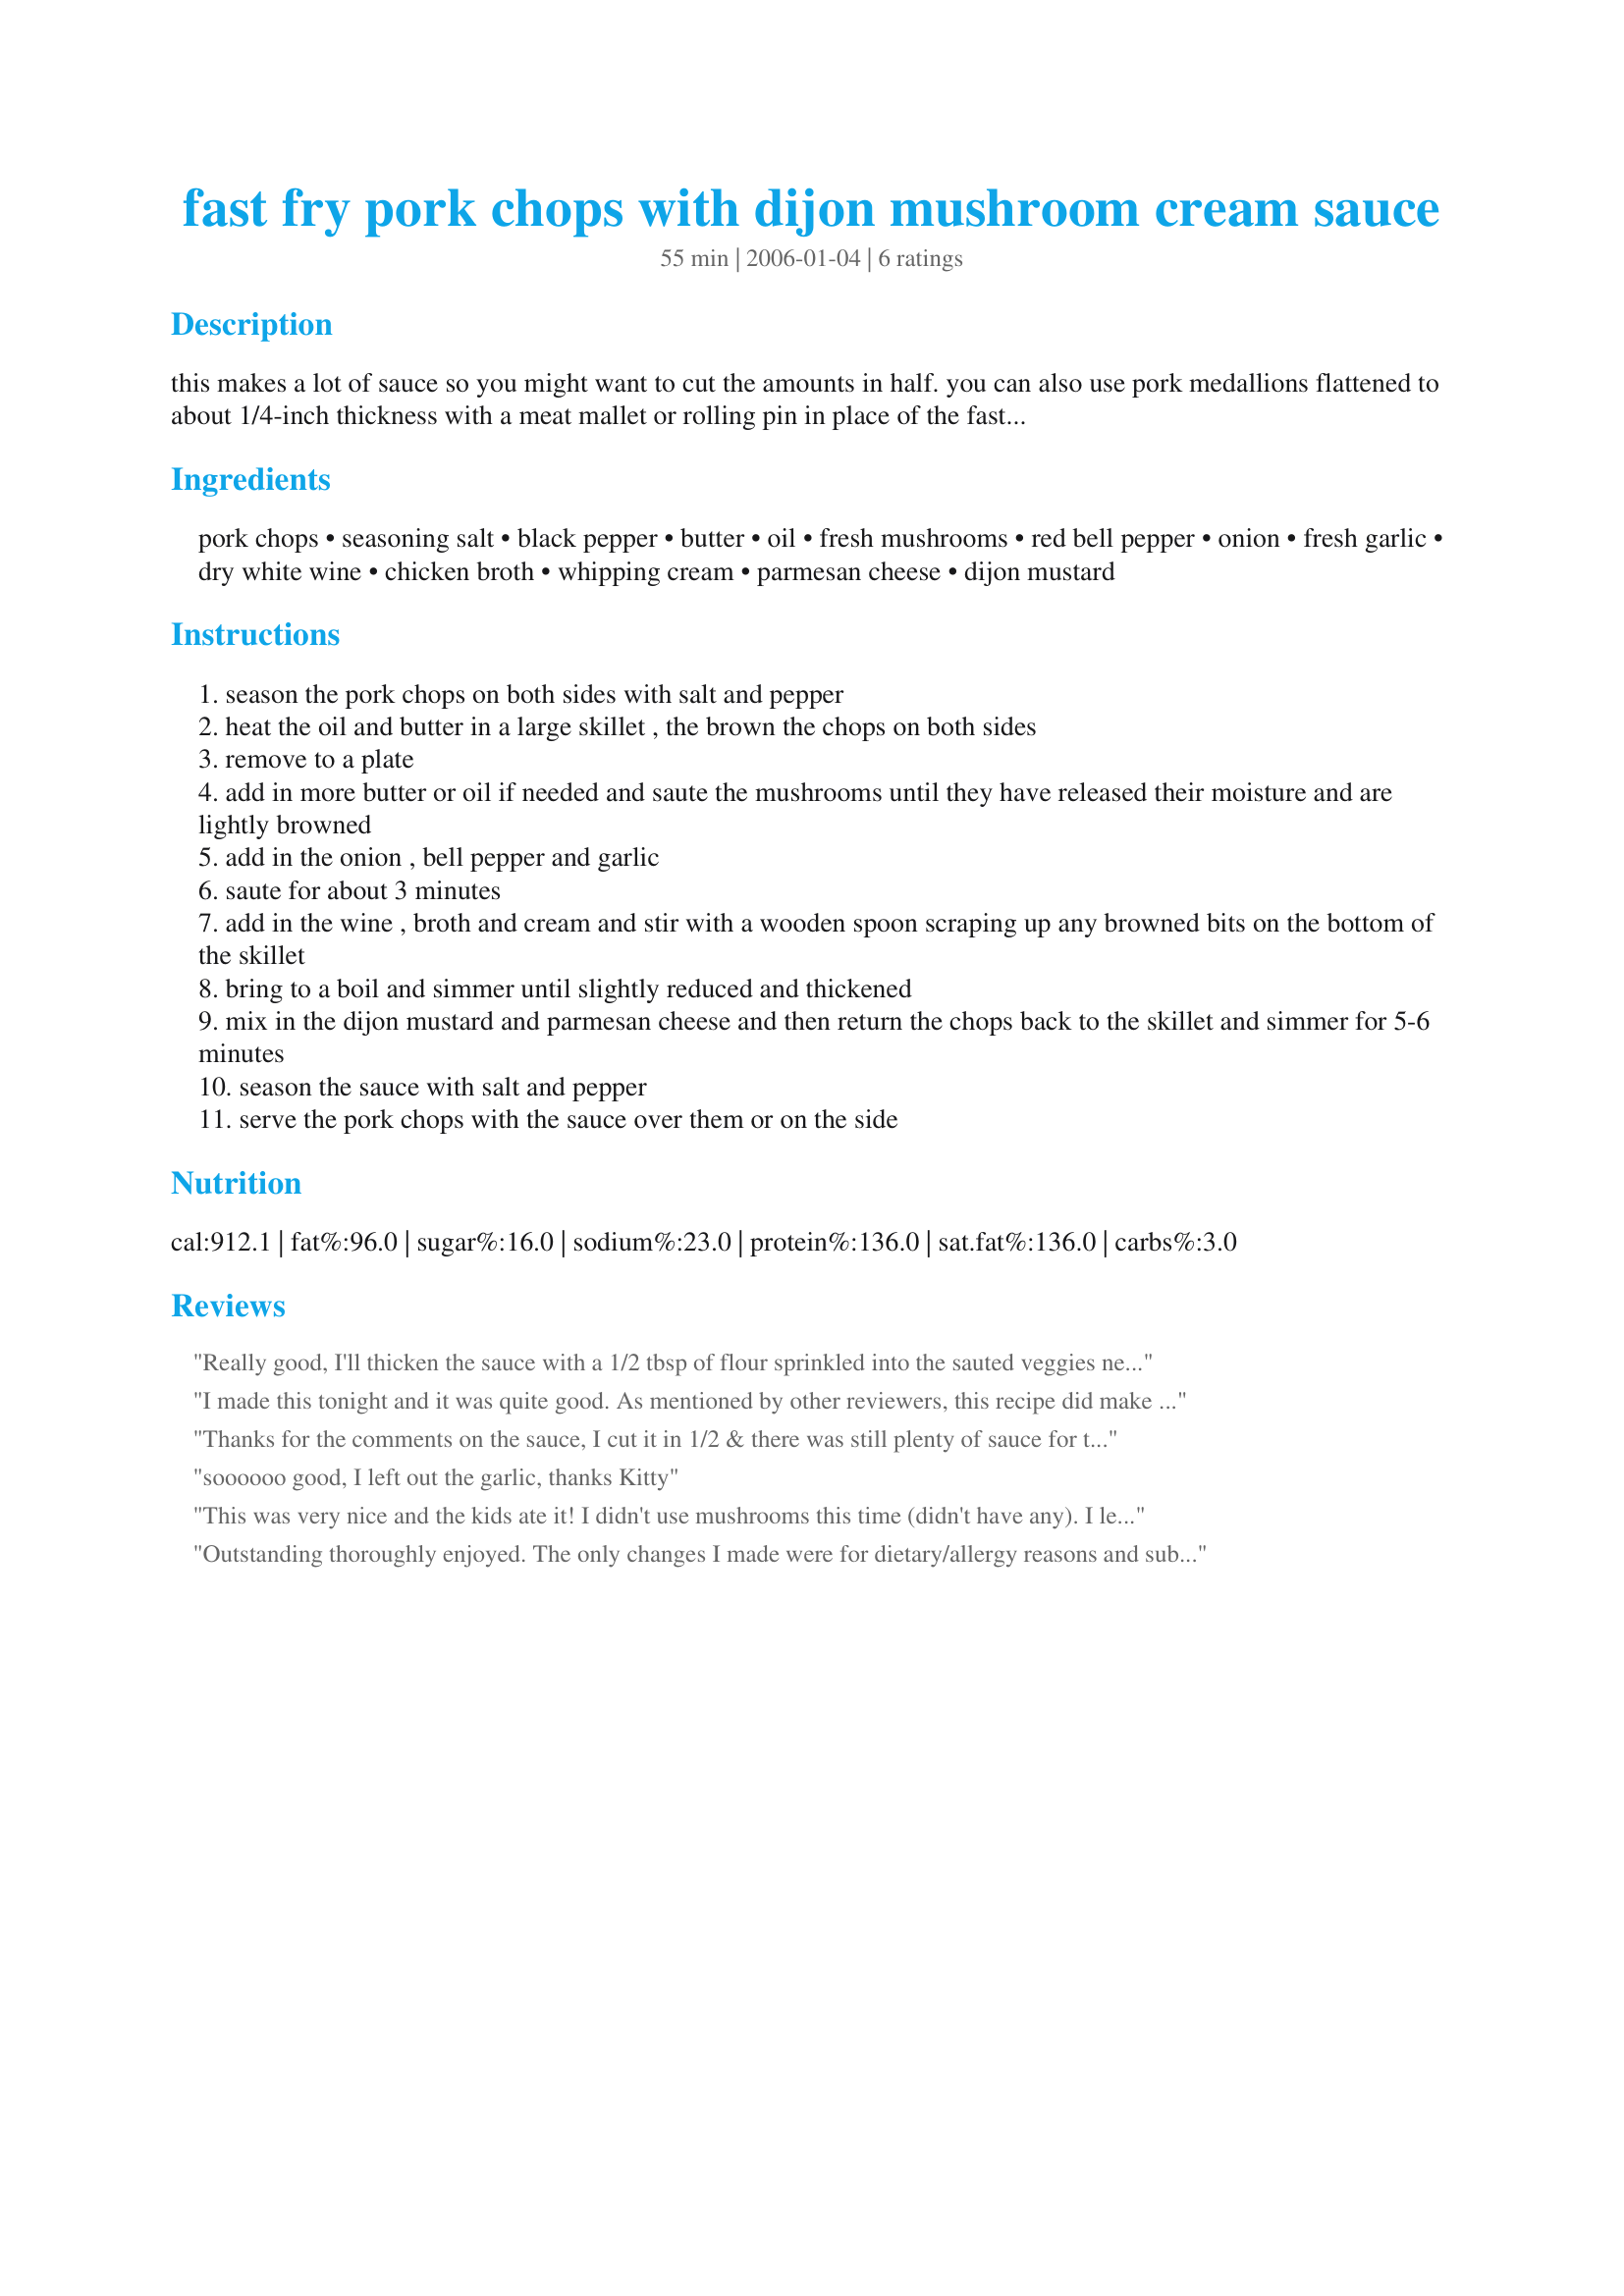
fast fry pork chops with dijon mushroom cream sauce
Preparation time: 55 minutes

this makes a lot of sauce so you might want to cut the amounts in half. you can also use pork medallions flattened to about 1/4-inch thickness with a meat mallet or rolling pin in place of the fast fry chops, also you can lightly dredge the chops in flour before frying.

Ingredients:
pork chops, seasoning salt, black pepper, butter, oil, fresh mushrooms, red bell pepper, onion, fresh garlic, dry white wine, chicken broth, whipping cream, parmesan cheese, dijon mustard

Steps:
season the pork chops on both sides with salt and pepper
heat the oil and butter in a large skillet , the brown the chops on both sides
remove to a plate
add in more butter or oil if needed and saute the mushrooms until they have released their moisture and are lightly browned
add in the onion , bell pepper and garlic
saute for about 3 minutes
add in the wine , broth and cream and stir with a wooden spoon scraping up any browned bits on the bottom of the skillet
bring to a boil and simmer until slightly reduced and thickened
mix in the dijon mustard and parmesan cheese and then return the chops back to the skillet and simmer for 5-6 minutes
season the sauce with salt and pepper
serve the pork chops with the sauce over them or on the side

Reviews:
Really good, I'll thicken the sauce with a 1/2 tbsp of flour sprinkled into the sauted veggies next time. The medallions were so tender!
I made this tonight and it was quite good. As mentioned by other reviewers, this recipe did make a lot of sauce. Next time, I'll use less. My pork chops were quite thick, so I butterflied them so that they'd cook faster. I could taste the Dijon mustard and I liked the flavor it imparted. It was good but it didn't wow me.
Thanks for the comments on the sauce, I cut it in 1/2 & there was still plenty of sauce for the chops along with the rice we had as a side dish. As I often do, I substituted yogurt for the cream & deli mustard for the dijon. To thicken the sauce I added 1/2 tsp of cornstarch/water close to the end of cooking. Fabulous flavour & definately a dish I will make again, thanks for sharing.
soooooo good, I left out the garlic, thanks Kitty
This was very nice and the kids ate it! I didn't use mushrooms this time (didn't have any). I let the sauce reduce a bit longer than the recipe called for to thicken it up. Next time I may use less Dijon. Thanks for a nice dinner!
Outstanding thoroughly enjoyed. The only changes I made were for dietary/allergy reasons and subed spring onion (scallion) for onion and a small chilli (deseeded and finely sliced) for the capsicum (bell pepper). The resulting sauce is to die for and could easily be used for chicken or steak. Thank you Kittencal for an absolute keeper, made for 123 Hit Wonders 2007.
